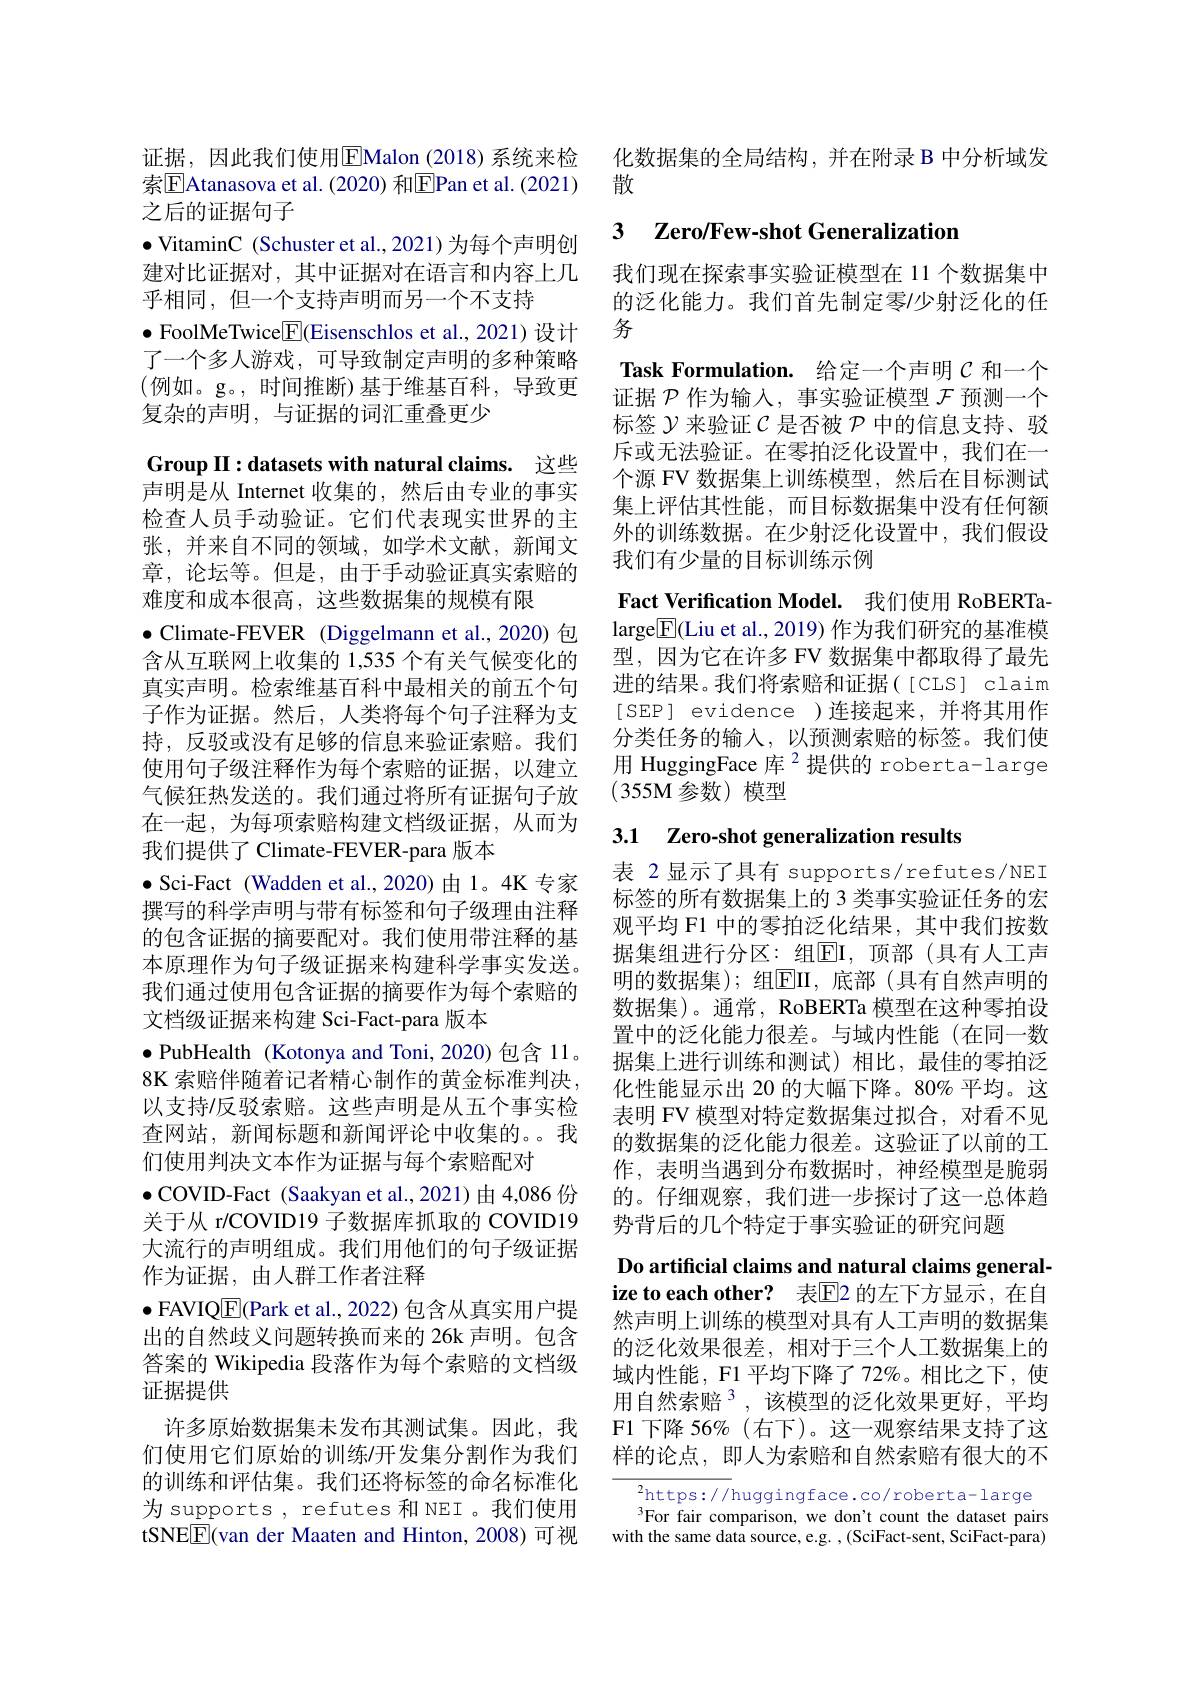
证据，因此我们使用$\overline{\mathrm{E}}$Malon(2018)系统来检索$\boxed{\mathrm{E}}$Atanasova et al.(2020) 和$\boxed{\mathrm{E}}$Pan et al.(2021) 之后的证据句子
$\bullet$ VitaminC (Schuster et al., 2021) 为每个声明创建对比证据对，其中证据对在语言和内容上几乎相同，但一个支持声明而另一个不支持
$\bullet$ FoolMeTwice$\boxed{\mathrm{E}}$(Eisenschlos et al., 2021)设计了一个多人游戏，可导致制定声明的多种策略(例如。g。,时间推断)基于维基百科，导致更复杂的声明，与证据的词汇重叠更少
Group II:datasets with natural claims. 这些声明是从 Internet 收集的，然后由专业的事实检查人员手动验证。它们代表现实世界的主张，并来自不同的领域，如学术文献，新闻文章，论坛等。但是，由于手动验证真实索赔的难度和成本很高，这些数据集的规模有限
$\bullet$ Climate-FEVER (Diggelmann et al.,2020) 包含从互联网上收集的 1,535 个有关气候变化的真实声明。检索维基百科中最相关的前五个句子作为证据。然后，人类将每个句子注释为支持，反驳或没有足够的信息来验证索赔。我们使用句子级注释作为每个索赔的证据，以建立气候狂热发送的。我们通过将所有证据句子放在一起，为每项索赔构建文档级证据，从而为我们提供了 Climate-FEVER-para 版本
$\bullet$ Sci-Fact (Wadden et al.,2020)由1。4K专家撰写的科学声明与带有标签和句子级理由注释的包含证据的摘要配对。我们使用带注释的基本原理作为句子级证据来构建科学事实发送。我们通过使用包含证据的摘要作为每个索赔的文档级证据来构建 Sci-Fact-para 版本
$\bullet$ PubHealth (Kotonya and Toni, 2020)包含 11。8K 索赔伴随着记者精心制作的黄金标准判决， 以支持/反驳索赔。这些声明是从五个事实检查网站，新闻标题和新闻评论中收集的。我们使用判决文本作为证据与每个索赔配对
$\bullet$COVID-Fact (Saakyan et al.,2021)由4，086 份关于从 r/COVID19 子数据库抓取的 COVID19大流行的声明组成。我们用他们的句子级证据作为证据，由人群工作者注释
$\bullet$ FAVIQ$\boxed{\mathrm{F}}($Park et al., 2022) 包含从真实用户提出的自然歧义问题转换而来的 26k 声明。包含答案的 Wikipedia 段落作为每个索赔的文档级证据提供
许多原始数据集未发布其测试集。因此，我们使用它们原始的训练/开发集分割作为我们的训练和评估集。我们还将标签的命名标准化为 supports , refutes 和 NEI 。我们使用tSNEE(van der Maaten and Hinton, 2008)可视

化数据集的全局结构，并在附录 B 中分析域发
散

## 3 Zero/Few-shot Generalization

我们现在探索事实验证模型在 11 个数据集中的泛化能力。我们首先制定零/少射泛化的任务
Task Formulation. 给定一个声明$\mathcal{C}$和一个证据$\mathcal{P}$作为输入，事实验证模型$\mathcal{F}$预测一个标签$\mathcal{Y}$来验证$\mathcal{C}$是否被$\mathcal{P}$中的信息支持、驳斥或无法验证。在零拍泛化设置中，我们在一个源 FV 数据集上训练模型，然后在目标测试集上评估其性能，而目标数据集中没有任何额外的训练数据。在少射泛化设置中，我们假设我们有少量的目标训练示例
Fact Verification Model. 我们使用 RoBERTalarge$\boxed{\mathrm{F}}($Liu et al., 2019) 作为我们研究的基准模型，因为它在许多 FV 数据集中都取得了最先进的结果。我们将索赔和证据([CLS] claim [SEP] evidence )连接起来，并将其用作分类任务的输入，以预测索赔的标签。我们使用 HuggingFace 库 $^{2}$提供的 roberta-large (355M 参数)模型

# 3.1 Zero-shot generalization results

表 2显示了具有 supports/refutes/NEI 标签的所有数据集上的 3 类事实验证任务的宏观平均 F1 中的零拍泛化结果，其中我们按数据集组进行分区：组$\overline{\mathrm{EI}}$,顶部(具有人工声明的数据集); 组$\overline{\mathrm{EII}}$, 底部 (具有自然声明的数据集)。通常，RoBERTa 模型在这种零拍设置中的泛化能力很差。与域内性能(在同一数据集上进行训练和测试)相比，最佳的零拍泛化性能显示出 20 的大幅下降。80% 平均。这表明 FV 模型对特定数据集过拟合，对看不见的数据集的泛化能力很差。这验证了以前的工作，表明当遇到分布数据时，神经模型是脆弱的。仔细观察，我们进一步探讨了这一总体趋势背后的几个特定于事实验证的研究问题

Do artificial claims and natural claims generalize to each other? 表$\overline{\mathrm{E}}$2 的左下方显示，在自然声明上训练的模型对具有人工声明的数据集的泛化效果很差，相对于三个人工数据集上的域内性能，F1 平均下降了 72%。相比之下，使用自然索赔$^{3}$,该模型的泛化效果更好，平均F1 下降 56% (右下)。这一观察结果支持了这样的论点，即人为索赔和自然索赔有很大的不

$^2$https://huggingface.co/roberta-large $^3$For fair comparison, we don't count the dataset pairs
with the same data source, e.g. , (SciFact-sent, SciFact-para)